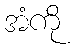
အံကို